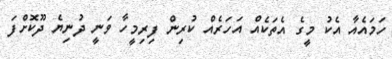
ހަމައެއާ އެކު މީގެ އެތަކެއް އަހަރެއް ކުރިން ފިރިމީހާ ވަނީ ދުނިޔެ ދޫކޮށްފަ